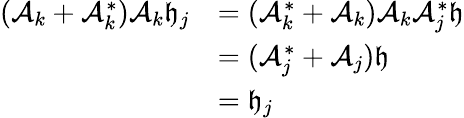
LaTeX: \begin{array}{rl}{(\mathcal A_{k}+\mathcal A_{k}^{*})\mathcal A_{k}\mathfrak h_{j}}&{=(\mathcal A_{k}^{*}+\mathcal A_{k})\mathcal A_{k}\mathcal A_{j}^{*}\mathfrak h}\\ &{=(\mathcal A_{j}^{*}+\mathcal A_{j})\mathfrak h}\\ &{=\mathfrak h_{j}}\end{array}